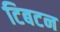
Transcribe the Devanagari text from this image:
टिबटन